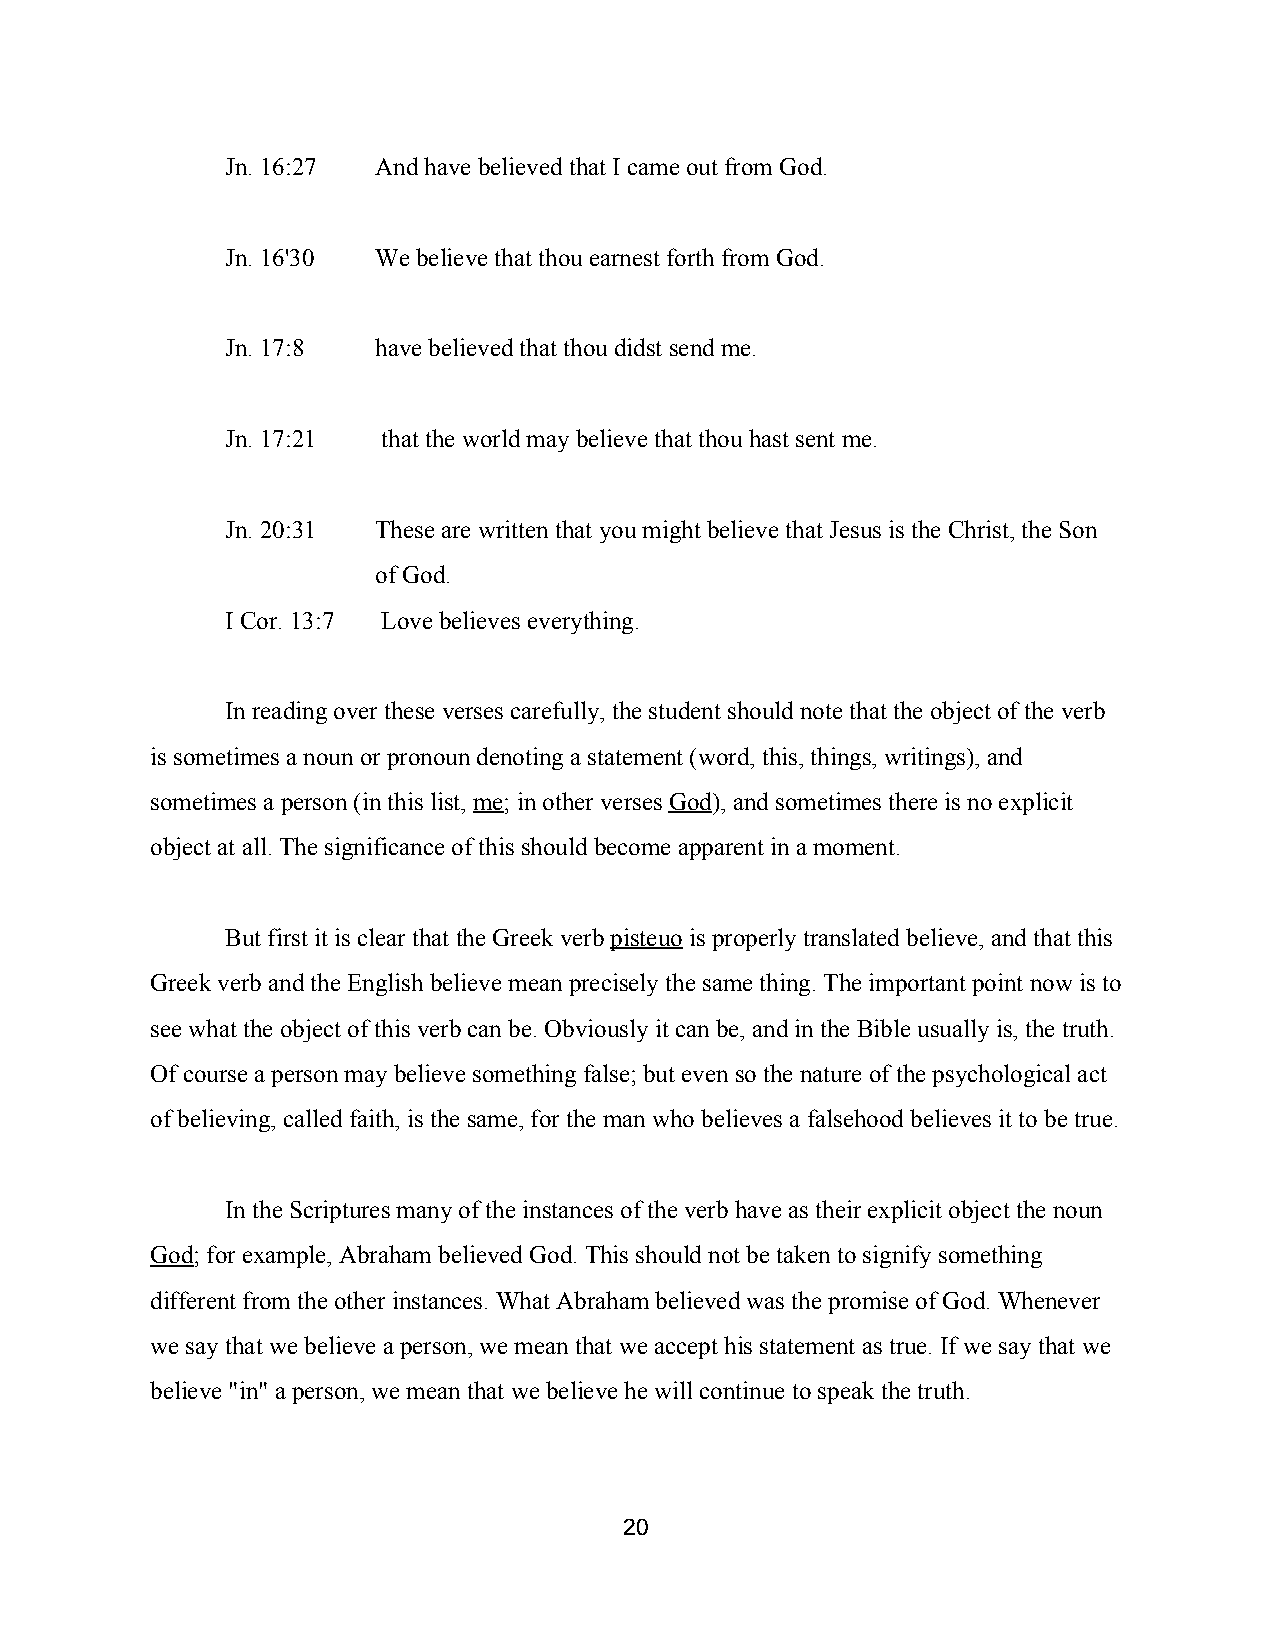
Jn. 16:27 And have believed that I came out from God.
 Jn. 16'30 We believe that thou earnest forth from God.
 Jn. 17:8  have believed that thou didst send me.
 Jn. 17:21 that the world may believe that thou hast sent me.
 Jn. 20:31 These are written that you might believe that Jesus is the Christ, the Son
 of God.
 I Cor. 13:7 Love believes everything.
 In reading over these verses carefully, the student should note that the object of the verb
 is sometimes a noun or pronoun denoting a statement (word, this, things, writings), and
 sometimes a person (in this list, me; in other verses God), and sometimes there is no explicit
 ​​           ​  ​
 object at all. The significance of this should become apparent in a moment.
 But first it is clear that the Greek verb pisteuo is properly translated believe, and that this
 ​    ​
 Greek verb and the English believe mean precisely the same thing. The important point now is to
 see what the object of this verb can be. Obviously it can be, and in the Bible usually is, the truth.
 Of course a person may believe something false; but even so the nature of the psychological act
 of believing, called faith, is the same, for the man who believes a falsehood believes it to be true.
 In the Scriptures many of the instances of the verb have as their explicit object the noun
 God; for example, Abraham believed God. This should not be taken to signify something
 ​
 different from the other instances. What Abraham believed was the promise of God. Whenever
 we say that we believe a person, we mean that we accept his statement as true. If we say that we
 believe "in" a person, we mean that we believe he will continue to speak the truth.
 20